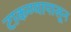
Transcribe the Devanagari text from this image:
टाकण्यापासून